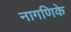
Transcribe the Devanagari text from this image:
नागणिके